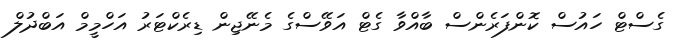
ގެސްޓް ހައުސް ކޮންފަރެންސް ބާއްވާ ގެޓް އަވޭސްގެ މެނޭޖިން ޑިރެކްޓަރު އަހްމީމް އަބްދުލް